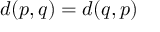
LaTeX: d ( p , q ) = d ( q , p )